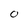
Character: o